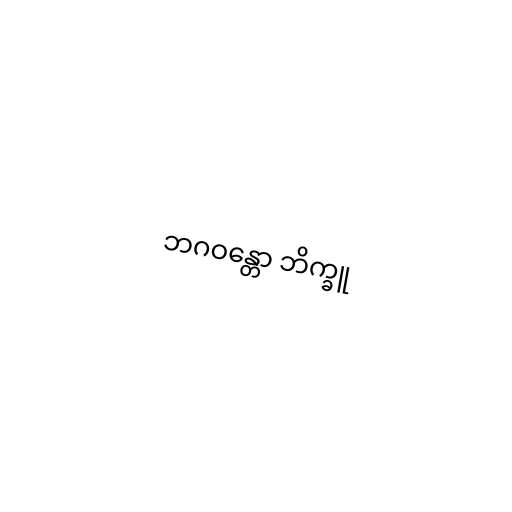
ဘဂဝန္တော ဘိက္ခူ